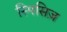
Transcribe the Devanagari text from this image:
स्पिसिज़